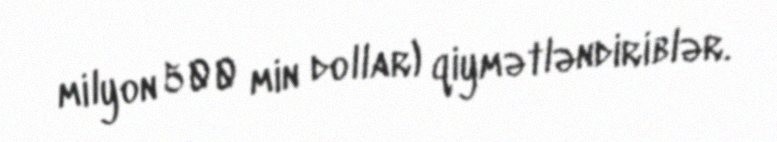
milyon 500 min dollar) qiymətləndiriblər.